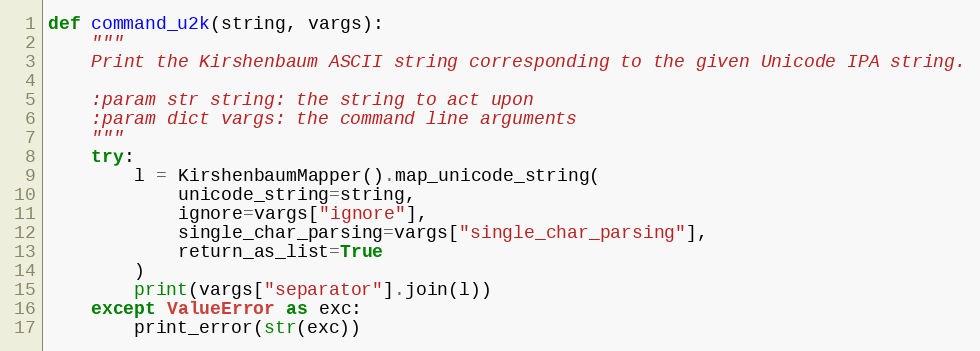
Language: Python
def command_u2k(string, vargs):
    """
    Print the Kirshenbaum ASCII string corresponding to the given Unicode IPA string.

    :param str string: the string to act upon
    :param dict vargs: the command line arguments
    """
    try:
        l = KirshenbaumMapper().map_unicode_string(
            unicode_string=string,
            ignore=vargs["ignore"],
            single_char_parsing=vargs["single_char_parsing"],
            return_as_list=True
        )
        print(vargs["separator"].join(l))
    except ValueError as exc:
        print_error(str(exc))